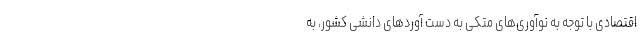
اقتصادی با توجه به نوآوری‌های متکی به دست­ آوردهای دانشی کشور، به